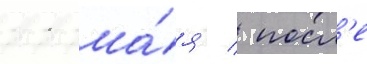
11 ма́я / посл'е